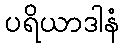
ပရိယာဒါနံ